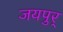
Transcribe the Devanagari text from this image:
जयपुर्